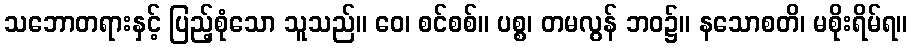
သဘောတရားနှင့် ပြည့်စုံသော သူသည်။ ဝေ၊ စင်စစ်။ ပစ္စ၊ တမလွန် ဘဝ၌။ နသောစတိ၊ မစိုးရိမ်ရ။